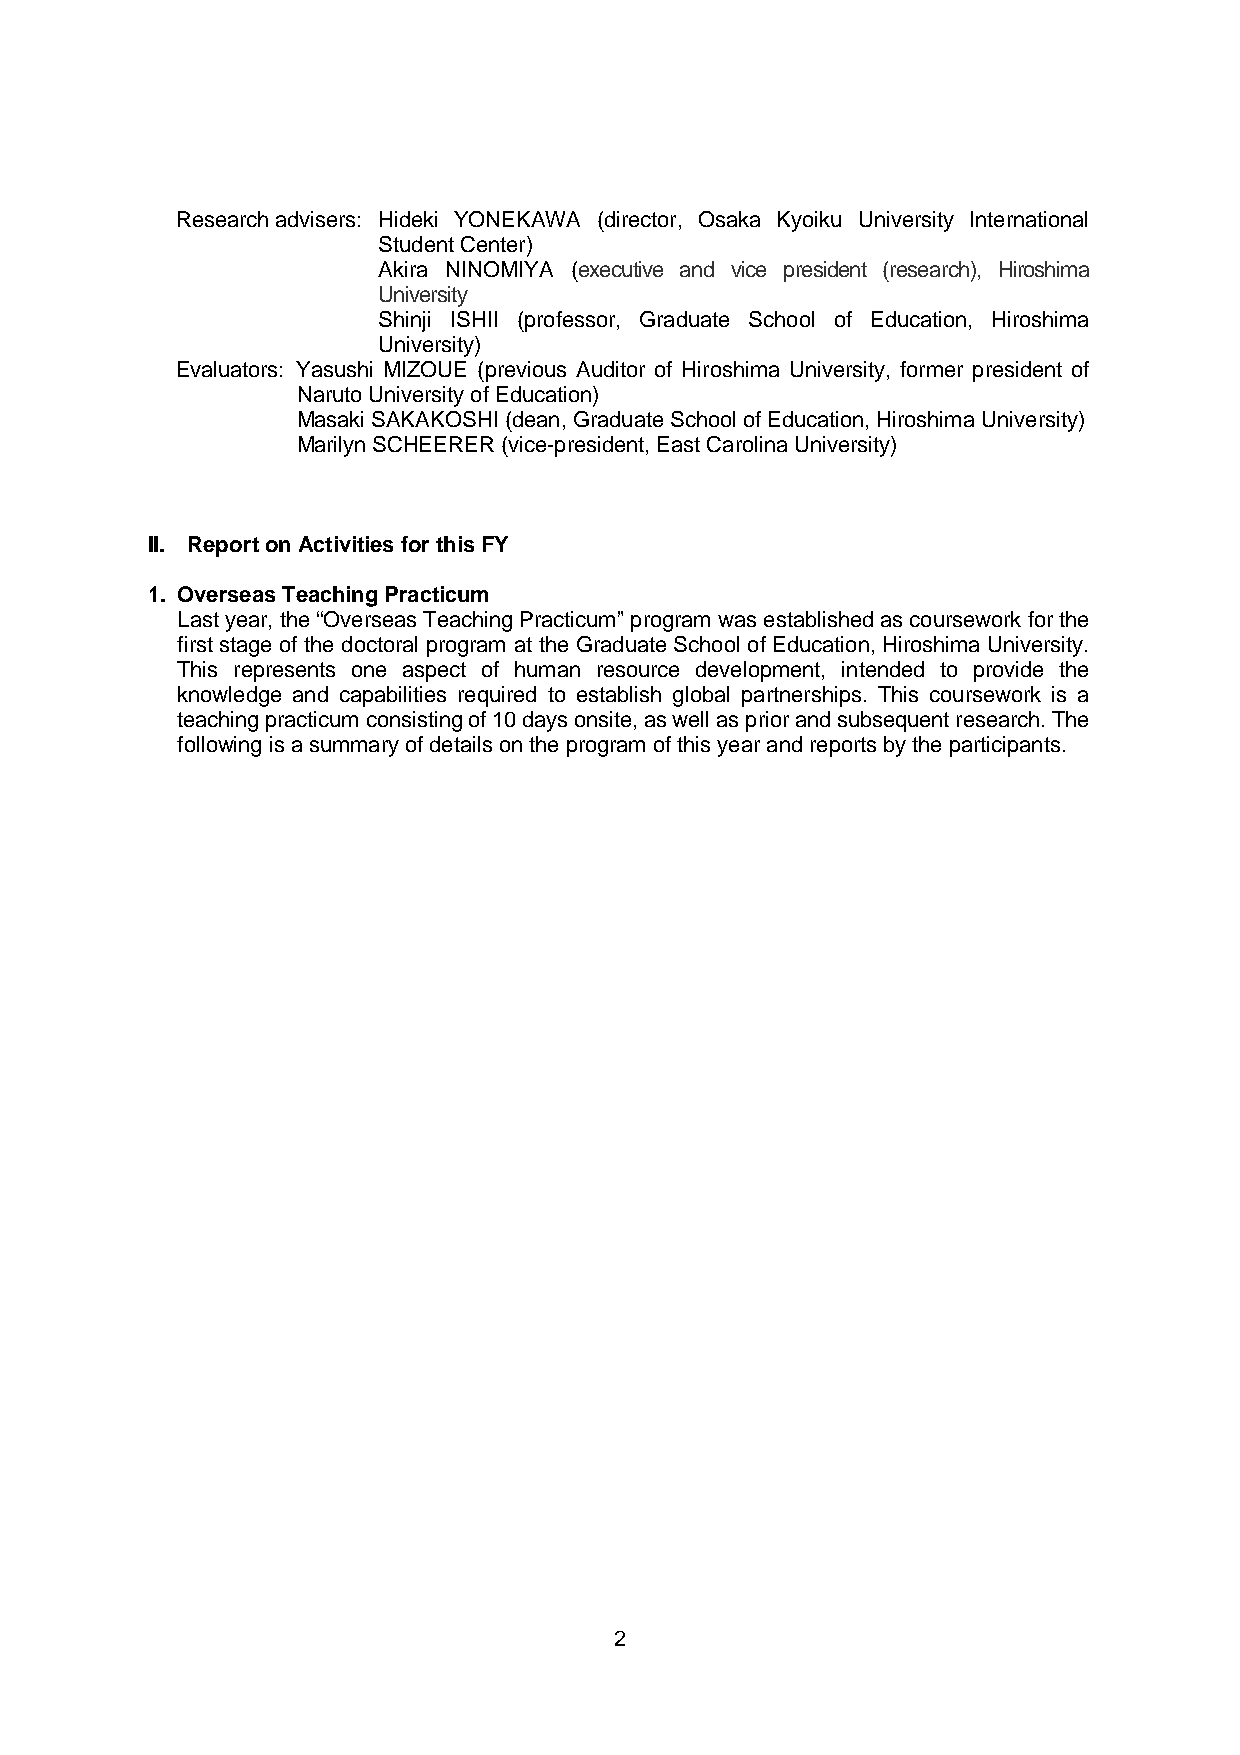
Research advisers: Hideki YONEKAWA (director, Osaka Kyoiku University International
 Student Center)
 Akira NINOMIYA (executive and vice president (research), Hiroshima
 University）
 Shinji ISHII (professor, Graduate School of Education, Hiroshima
 University)
 Evaluators: Yasushi MIZOUE (previous Auditor of Hiroshima University, former president of
 Naruto University of Education)
 Masaki SAKAKOSHI (dean, Graduate School of Education, Hiroshima University)
 Marilyn SCHEERER (vice-president, East Carolina University)
 II. Report on Activities for this FY
 1. Overseas Teaching Practicum
 Last year, the “Overseas Teaching Practicum” program was established as coursework for the
 first stage of the doctoral program at the Graduate School of Education, Hiroshima University.
 This represents one aspect of human resource development, intended to provide the
 knowledge and capabilities required to establish global partnerships. This coursework is a
 teaching practicum consisting of 10 days onsite, as well as prior and subsequent research. The
 following is a summary of details on the program of this year and reports by the participants.
 2